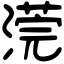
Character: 𣻻